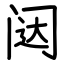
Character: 闼